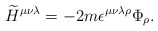
\begin{align*}{\widetilde H}^{\mu\nu\lambda} = - 2m \epsilon^{\mu\nu\lambda\rho}\Phi_\rho.\end{align*}